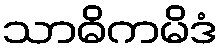
သာဓိကမိဒံ